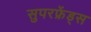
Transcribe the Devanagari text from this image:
सुपरफ्रेंड्स